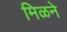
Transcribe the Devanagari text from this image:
मिळने